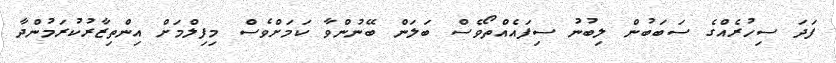
ފަދަ ސިހުރެއްގެ ސަބަބުން ލިބުނު ސިފައެއްތޯވެސް ބަލަން ބޭނުންވާ ކަމަށްވެސް މިފިލްމަށް އިންތިޒާރުކުރަމުންދާ